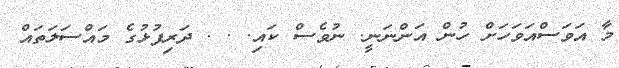
މާ އަވަސްއަވަހަށް ހުން އަންނަނީ. ނުވެސް ކައި. . . ދަރިފުޅުގެ މައްސަލަތައް